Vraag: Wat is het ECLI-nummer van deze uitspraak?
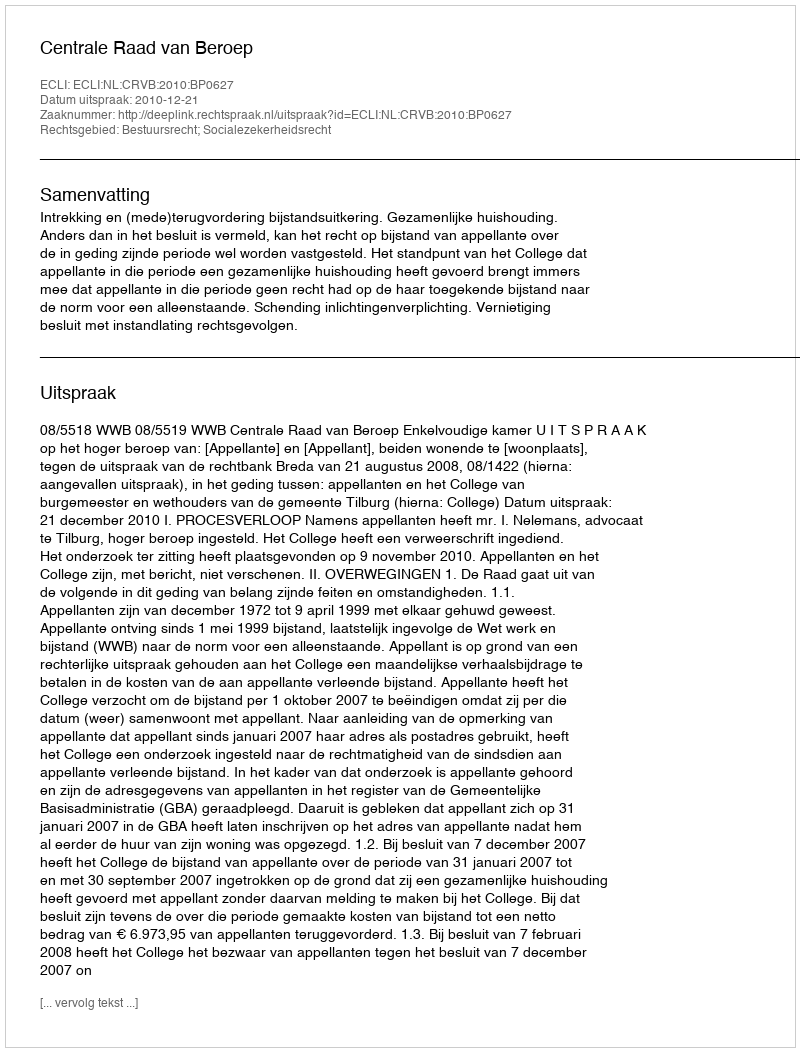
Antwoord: ECLI:NL:CRVB:2010:BP0627